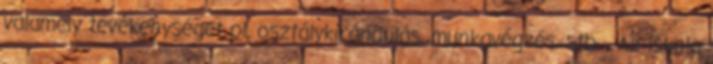
valamely tevékenységet pl. osztálykirándulás, munkavégzés, stb. . Az iskola